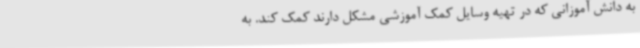
به دانش آموزانی که در تهیه وسایل کمک آموزشی مشکل دارند کمک کند. به